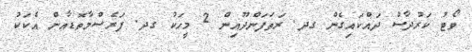
ވޯޓު ކަރުދާސް ދައްކައިގެން ގދ. ރަތަފަންދޫއިން 2 މީހަކު ގދ. ފަރެސްމާތޮޑާއން އެކަކު